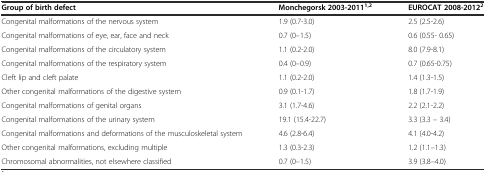
| Group of birth defect | Monchegorsk 2003-20111,2 | EUROCAT 2008-20122 |
 | --- | --- | --- |
 | Congenital malformations of the nervous system | 1.9 (0.7-3.0) | 2.5 (2.5-2.6) |
 | Congenital malformations of eye, ear, face and neck | 0.7 (0–1.5) | 0.6 (0.55- 0.65) |
 | Congenital malformations of the circulatory system | 1.1 (0.2-2.0) | 8.0 (7.9-8.1) |
 | Congenital malformations of the respiratory system | 0.4 (0–0.9) | 0.7 (0.65-0.75) |
 | Cleft lip and cleft palate | 1.1 (0.2-2.0) | 1.4 (1.3-1.5) |
 | Other congenital malformations of the digestive system | 0.9 (0.1-1.7) | 1.8 (1.7-1.9) |
 | Congenital malformations of genital organs | 3.1 (1.7-4.6) | 2.2 (2.1-2.2) |
 | Congenital malformations of the urinary system | 19.1 (15.4-22.7) | 3.3 (3.3 – 3.4) |
 | Congenital malformations and deformations of the musculoskeletal system | 4.6 (2.8-6.4) | 4.1 (4.0-4.2) |
 | Other congenital malformations, excluding multiple | 1.3 (0.3-2.3) | 1.2 (1.1–1.3) |
 | Chromosomal abnormalities, not elsewhere classified | 0.7 (0–1.5) | 3.9 (3.8–4.0) |